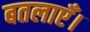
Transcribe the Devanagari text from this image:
बतलाएँ।